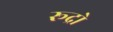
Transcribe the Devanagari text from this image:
रूद्रो